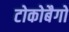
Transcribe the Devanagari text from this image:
टोकोबैगो